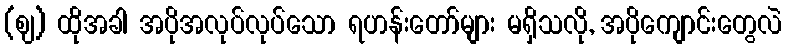
(ဈ) ထိုအခါ အပိုအလုပ်လုပ်သော ရဟန်းတော်များ မရှိသလို, အပိုကျောင်းတွေလဲ